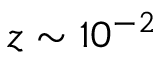
z \sim 1 0 ^ { - 2 }